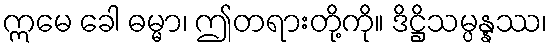
ဣမေ ခေါ ဓမ္မာ၊ ဤတရားတို့ကို။ ဒိဋ္ဌိသမ္ပန္နဿ၊